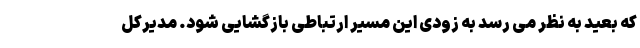
که بعید به نظر می رسد به زودی این مسیر ارتباطی بازگشایی شود. مدیرکل